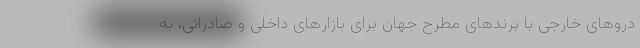
دروهای خارجی با برندهای مطرح جهان برای بازارهای داخلی و صادراتی، به